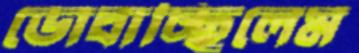
ডোবাচ্ছিলেম